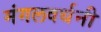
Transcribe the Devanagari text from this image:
मंगलवर्धनी